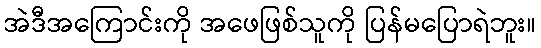
အဲဒီအကြောင်းကို အဖေဖြစ်သူကို ပြန်မပြောရဲဘူး။